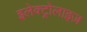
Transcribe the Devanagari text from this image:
इलेक्ट्रोलाइज़